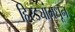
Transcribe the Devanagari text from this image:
हिरड्यांमधून